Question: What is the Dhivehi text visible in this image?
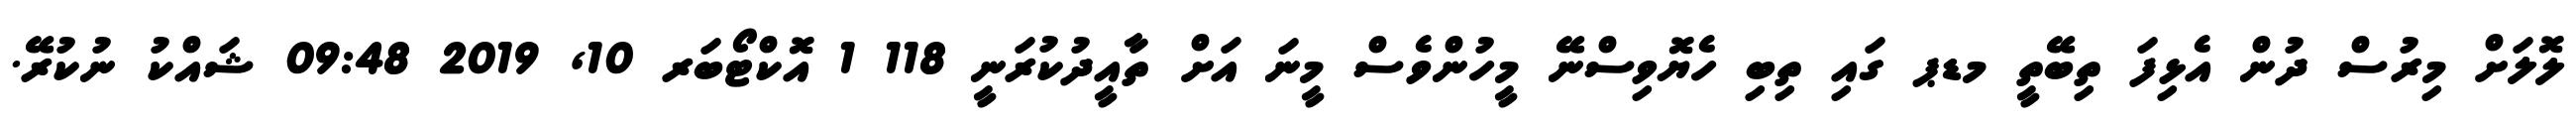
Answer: ލޮލަށް މިރުސް ދުން އެޅިފަ ތިބޭތީ މޑޕ ގައި ތިބި ހެޔޮވިސްނޭ މީހުންވެސް މީނަ އަށް ތާއީދުކުރަނީ 118 1 އޮކްޓޯބަރ 10, 2019 09:48 ޝައްކު ނުކުރޭ.